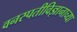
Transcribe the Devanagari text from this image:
वनस्पतीविज्ञानाच्या